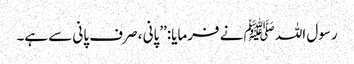
رسول اللہ ﷺ نے فرمایا:’’پانی ، صرف پانی سے ہے۔